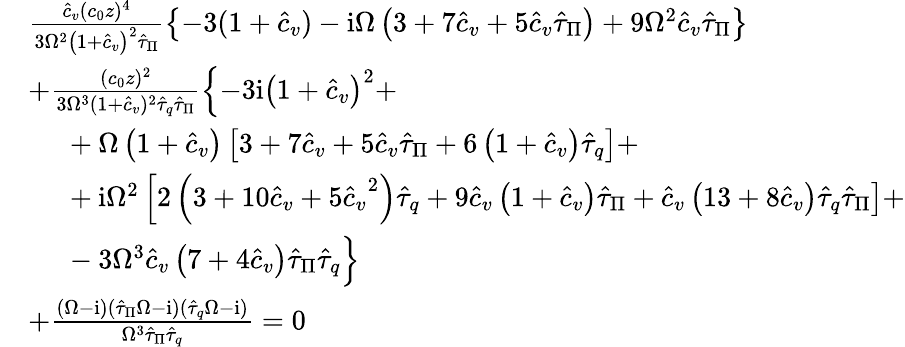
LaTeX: \begin{array}{rl}&{\frac{{\hat{c}_{v}}(c_{0}z)^{4}}{3\Omega^{2}\left(1+{\hat{c}_{v}}\right)^{2}\hat{\tau}_{\Pi}}\left\{ -3(1+{\hat{c}_{v}})-\mathrm{i}\Omega\left(3+7{\hat{c}_{v}}+5{\hat{c}_{v}}\hat{\tau}_{\Pi}\right)+9\Omega^{2}{\hat{c}_{v}}\hat{\tau}_{\Pi}\right\} }\\ &{+\frac{(c_{0}z)^{2}}{3\Omega^{3}(1+{\hat{c}_{v}})^{2}\hat{\tau}_{q}\hat{\tau}_{\Pi}}\left\{ -3\mathrm{i}\left(1+{\hat{c}_{v}}\right)^{2}+\right.}\\ &{\ \quad+\Omega\left(1+{\hat{c}_{v}}\right)\left[3+7{\hat{c}_{v}}+5{\hat{c}_{v}}\hat{\tau}_{\Pi}+6\left(1+{\hat{c}_{v}}\right)\hat{\tau}_{q}\right]+}\\ &{\ \quad+\mathrm{i}\Omega^{2}\left[2\left(3+10{\hat{c}_{v}}+5{\hat{c}_{v}}^{2}\right)\hat{\tau}_{q}+9{\hat{c}_{v}}\left(1+{\hat{c}_{v}}\right)\right.\hat{\tau}_{\Pi}+\left.{\hat{c}_{v}}\left(13+8{\hat{c}_{v}}\right)\hat{\tau}_{q}\hat{\tau}_{\Pi}\right]+}\\ &{\ \quad-3\Omega^{3}{\hat{c}_{v}}\left(7+4{\hat{c}_{v}}\right)\hat{\tau}_{\Pi}\hat{\tau}_{q}\Big\} }\\ &{+\frac{(\Omega-\mathrm{i})(\hat{\tau}_{\Pi}\Omega-\mathrm{i})(\hat{\tau}_{q}\Omega-\mathrm{i})}{\Omega^{3}\hat{\tau}_{\Pi}\hat{\tau}_{q}}=0}\end{array}